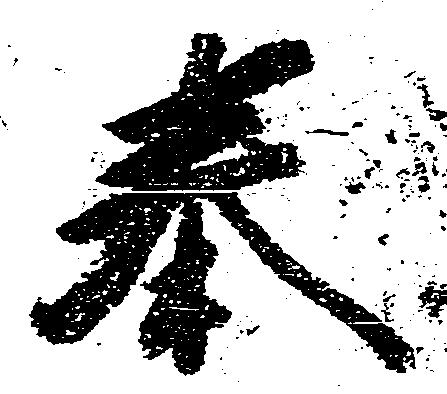
奉